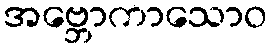
အဗ္ဘောကာသောဝ